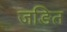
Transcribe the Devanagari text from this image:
जङित